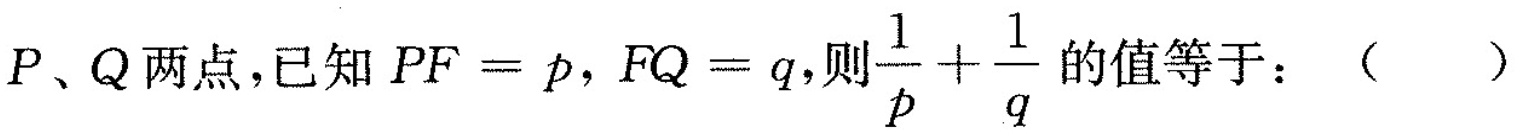
P、Q两点,已知$$PF=p$$，$$FQ=q$$，则$$\frac{1}{p}+ \frac{1}{q}$$ 的值等于：( )